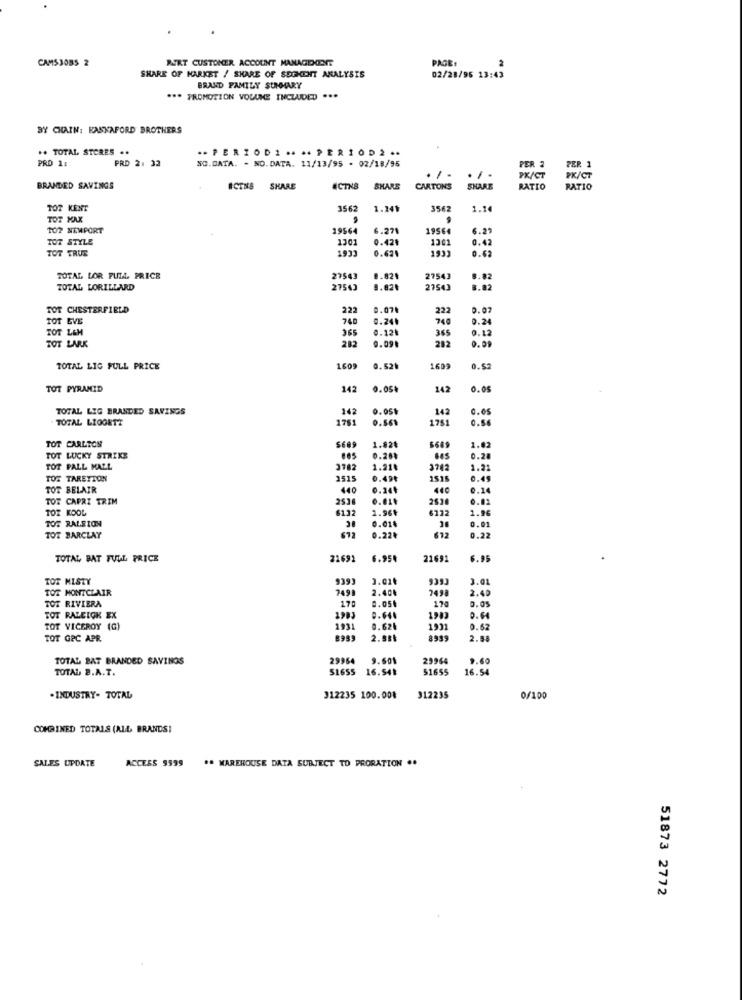
CAMS JOBS 2
PART CUSTOMER ACCOUNT MANAGDONT
PAGE:
SHARE OF MARKET / SHARE OF SEGKENT ANALYSIS
02/28/95 13:43
BRAND FAMILY SUMMARY
*** PROMOTION VOLUME INCLUDED ...
BY CHAIN: KASKAFORD BROTHERS
.. TOTAL STORES ..
-PERIODI .... PERIOD2 ..
PRO 1:
PRD 2: 32
SC.DATA. - NO.DATA. 11/13/95 . 02/18/95
PER 2
PER 1
. / .
./.
PX/CT
PK/CT
BRANDED SAVINGS
#CTNS SHARE
ICTNS
SHARE
#CINS SHARE
BXARE
CARTONS
SHARE
RATIO
RATIO
TOT KENT
3562
1.141
3562
1.14
TOT MAX
TOP NEWPORT
19564
6.271
1956
6.29
TOT STYLE
1301
0.42៛
1301
0.42
TOT TRUE
1933
0.621
1933
0.62
TOTAL LOR FULL PRICE
27543
8.821
27543
0.82
TOTAL LORILLARD
27543
9.82.
27543
8.82
TOT CHESTERFIELD
222
0.07.
222
0.07
TOT EVE
740
0.24.
740
0.24
TOT L&M
365
0.12.
365
0.12
282
9.09.
282
TOT LARK
0.99
TOTAL LIG FULL PRICE
1609
0.52৳
1699
0.52
TOT PYRAMID
142
0.05.
142
0.05
TOTAL LIG BRANDED SAVINGS
142
0.05
142
0.05
TOTAL LIOGETT
1761
0.561
1751
0.54
TOT CARLTON
1.824
1.02
TOT LUCKY STRIKE
ZBLC
0.201
0.28
TOT PALL MALL
1.21$
1.2:
TOT TARETTON
2515
0.494
1515
0.49
TOT BELAIR
440
0.24
440
0.14
TOT CAPRI TRIM
25.3
0.11
TOR KOOL
6132
1.96₺
6132
1.96
TOT RALEION
0.01₺
0.01
TOT BARCLAY
672
0.22₺
612
0.22
TOTAL BAT FULL PRICE
21691
6.95
21691
6.95
TOT MISTY
939
2.01
939
3.01
YT MONTCLAIR
7491
2.40
2.40
170
120
0.05
TOT RIVIERA
TOT RALEIOK EX
1903
1983
0.64
TOT VICEROY (C)
193
0.62
1931
0.62
TOT GPC APR
2.581
2.58
TOTAL BAT BRANDED SAVINGS
29964
9.501
29964
9.60
TOTAL B.A.T.
SL655
16.54₺
51655
16.54
. INDUSTRY- TOTAL
312235 100.00₺
312235
0/100
COMBINED TOTALS (ALL BRANDS!
SALES UPDATE
ACCESS 9999
# MAREHOUSE DATA SUBJECT TO PRORATION ..
51873 2772